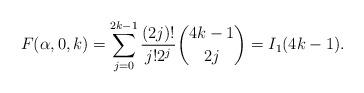
LaTeX: \begin{align*} F(\alpha,0,k) = \sum_{j=0}^{2k-1} \frac{(2j)!}{j! 2^{j}} \binom{4k-1}{2j} = I_{1}(4k-1). \end{align*}